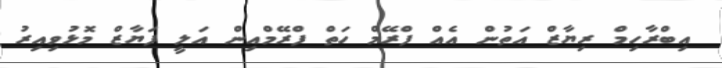
އިބްރާހިމް ރިޔާޒް އަތުން އެއް ފްރޭމް ހަތް ފްރޭމްއިން އަލީ ފަޔާޒް މޮޅުވިއިރު